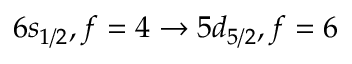
6 s _ { 1 / 2 } , f = 4 \rightarrow 5 d _ { 5 / 2 } , f = 6